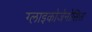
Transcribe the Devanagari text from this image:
ग्लाइकोजेनोसिस